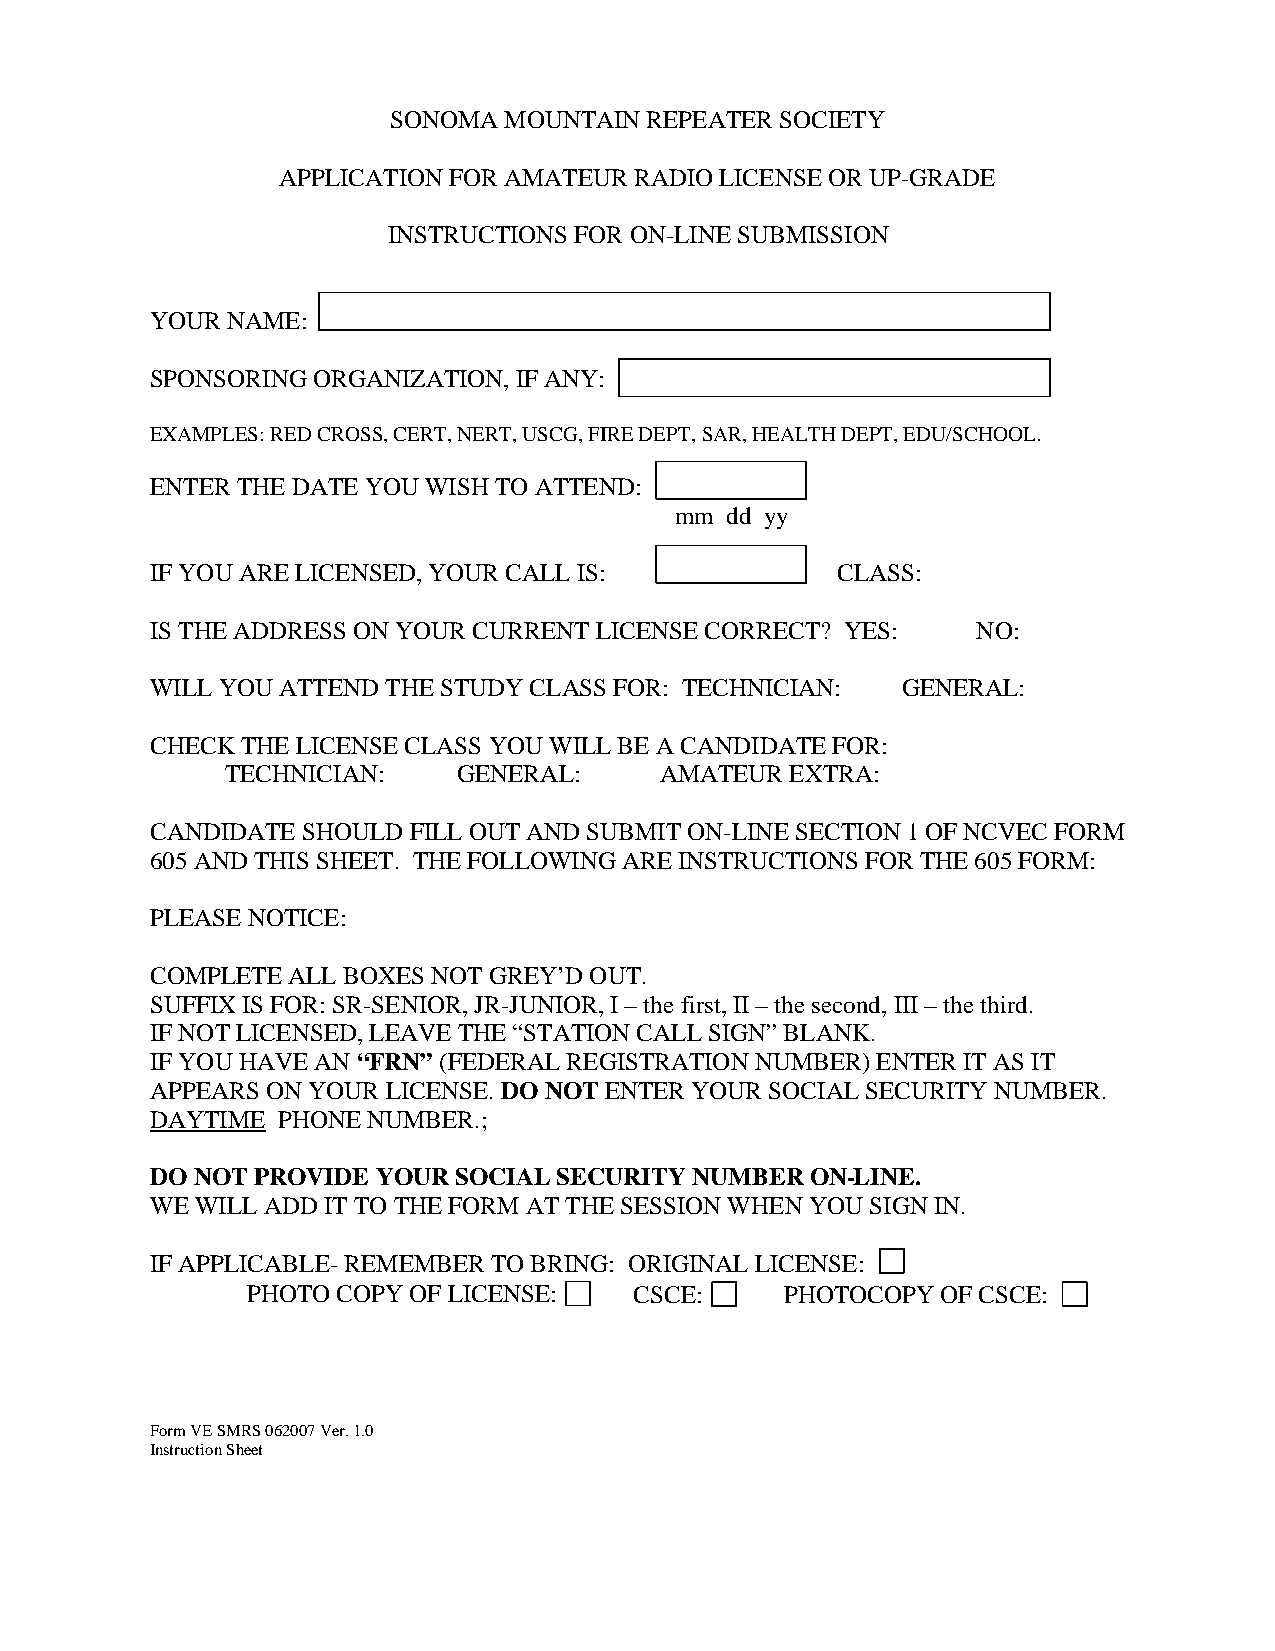
SONOMA MOUNTAIN  REPEATER SOCIETY
 APPLICATION FOR AMATEUR RADIO LICENSE OR UP-GRADE
 INSTRUCTIONS FOR ON-LINE SUBMISSION
 YOUR NAME:
 SPONSORING ORGANIZATION, IF ANY:
 EXAMPLES: RED CROSS, CERT, NERT, USCG, FIRE DEPT, SAR, HEALTH DEPT, EDU/SCHOOL.
 ENTER THE DATE YOU WISH TO ATTEND:
 mm dd yy
 IF YOU ARE LICENSED, YOUR CALL IS:           CLASS:
 IS THE ADDRESS ON YOUR CURRENT LICENSE CORRECT? YES:   NO:
 WILL YOU ATTEND THE STUDY CLASS FOR: TECHNICIAN:  GENERAL:
 CHECK THE LICENSE CLASS YOU WILL BE A CANDIDATE FOR:
 TECHNICIAN:    GENERAL:      AMATEUR EXTRA:
 CANDIDATE SHOULD FILL OUT AND SUBMIT ON-LINE SECTION 1 OF NCVEC FORM
 605 AND THIS SHEET. THE FOLLOWING ARE INSTRUCTIONS FOR THE 605 FORM:
 PLEASE NOTICE:
 COMPLETE ALL BOXES NOT GREY’D OUT.
 SUFFIX IS FOR: SR-SENIOR, JR-JUNIOR, I – the first, II – the second, III – the third.
 IF NOT LICENSED, LEAVE THE “STATION CALL SIGN” BLANK.
 IF YOU HAVE AN “FRN” (FEDERAL REGISTRATION NUMBER) ENTER IT AS IT
 APPEARS ON YOUR LICENSE. DO NOT ENTER YOUR SOCIAL SECURITY NUMBER.
 DAYTIME PHONE NUMBER.;
 DO NOT PROVIDE YOUR SOCIAL SECURITY NUMBER  ON -LINE.
 WE WILL ADD IT TO THE FORM AT THE SESSION WHEN YOU SIGN IN.
 IF APPLICABLE- REMEMBER TO BRING: ORIGINAL LICENSE:
 PHOTO COPY OF LICENSE:    CSC E:    PHOTOCOPY OF CSCE:
 Form VE SMRS 062007 Ver. 1.0
 Instruction Sheet